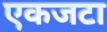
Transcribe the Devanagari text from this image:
एकजटा